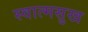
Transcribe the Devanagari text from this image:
स्वात्मसुख